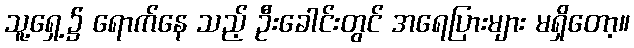
သူ့ရှေ့၌ ရောက်နေ သည့် ဦးခေါင်းတွင် အရေပြားများ မရှိတော့။